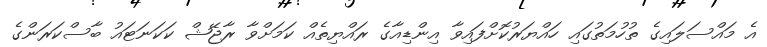
އެ މައްސަލައިގެ ތުހުމަތުގައި ހައްޔަރުކޮށްފައިވާ އިންޑިއާގެ ރައްޔިތެއް ކަމަށްވާ ރާޖޭޝް ކަކަނަޓައު ބާސްކަރަންގެ